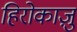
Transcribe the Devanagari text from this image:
हिरोकाज़ु